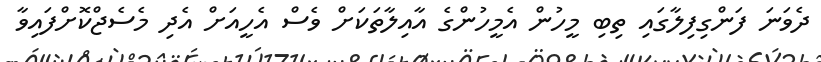
ދެވަނަ ފަންގިފިލާގައި ތިބި މީހުން އެމީހުންގެ އާއިލާތަކަށް ވެސް އެހީއަށް އެދި މެސެޖްކޮށްފައިވާ